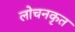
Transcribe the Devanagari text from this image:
लोचनकृत